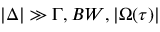
{ \left| \Delta \right| } \gg \Gamma , B W , { \left| \Omega ( \tau ) \right| }